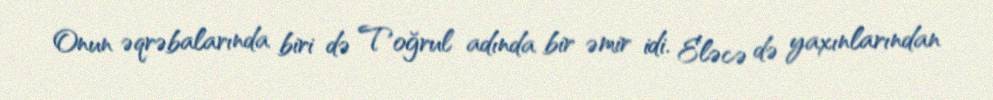
Onun əqrəbalarında biri də Toğrul adında bir əmir idi. Eləcə də yaxınlarından